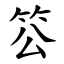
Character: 䇗